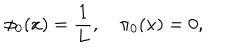
LaTeX: \phi _ { 0 } ( x ) = \displaystyle \frac { 1 } { L } , \quad \pi _ { 0 } ( x ) = 0 ,